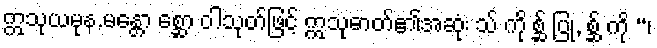
ဣသုယမုန.မန္တော စ္ဆော ဝါသုတ်ဖြင့် ဣသုဓာတ်၏အဆုံး သ် ကို စ္ဆ် ပြု, စ္ဆ် ကို “၊